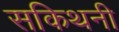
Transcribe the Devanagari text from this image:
सकिथनी